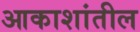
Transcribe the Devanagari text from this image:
आकाशांतील